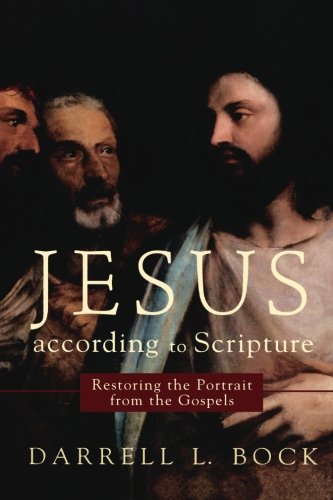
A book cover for Jesus according to Scripture: Restoring the Portrait from the Gospels; Darrell L. Bock; Christian Books & Bibles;